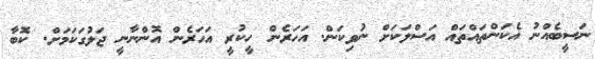
ނަސީބެއްނު އެކަންތައްތައް އަސްލަކަށް ނުވިކަން. އަހަރެން ހީކުރީ އަހަރެން އޮންނާނީ ޖަލުގަކަމަށް. ކޮބާ